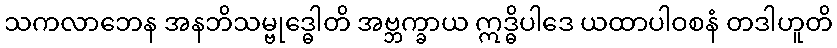
သကလာဘေန အနဘိသမ္ဗုဒ္ဓေါတိ အဗ္ဘက္ခာယ ဣဒ္ဓိပါဒေ ယထာပါဝစနံ တဒါဟူတိ